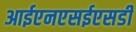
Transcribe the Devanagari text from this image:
आईएनएसईएसडी